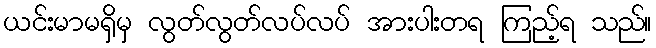
ယင်းမာမရှိမှ လွတ်လွတ်လပ်လပ် အားပါးတရ ကြည့်ရ သည်။